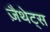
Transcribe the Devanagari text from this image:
ज़ैथेट्स